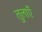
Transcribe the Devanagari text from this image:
तुलाएँ